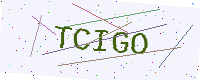
Text: TCIGO